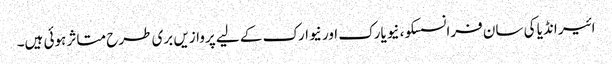
ائیر انڈیا کی سان فرانسسکو، نیویارک اور نیوارک کے لیے پروازیں بری طرح متاثر ہوئی ہیں۔